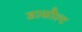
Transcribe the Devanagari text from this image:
डासौल्ट